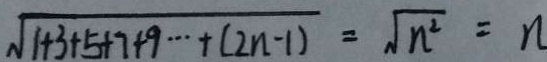
\sqrt { 1 + 3 + 5 + 7 + 9 \cdots + ( 2 n - 1 ) } = \sqrt { n ^ { 2 } } = n